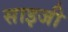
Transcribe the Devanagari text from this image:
साइजी